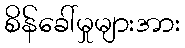
စိန်ခေါ်မှုများအား